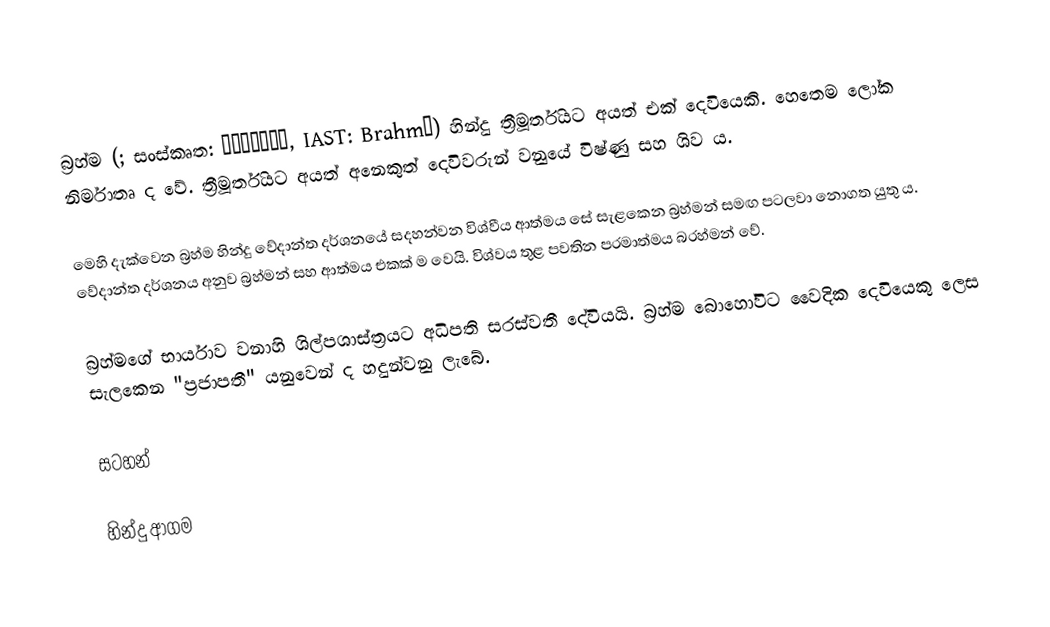
බ්‍රහ්ම  (; සංස්කෘත: ब्रह्मा, IAST: Brahmā) හින්දු ත්‍රීමූර්තියට අයත් එක් දෙවියෙකි. හෙතෙම ලෝක නිර්මාතෘ ද වේ. ත්‍රීමූර්තියට අයත් අනෙකුත් දෙවිවරුන් වනුයේ විෂ්ණු සහ ශිව ය.

මෙහි දැක්වෙන බ්‍රහ්ම හින්දු වේදාන්ත දර්ශනයේ සදහන්වන විශ්වීය ආත්මය සේ සැළකෙන බ්‍රහ්මන් සමඟ පටලවා නොගත යුතු ය. වේදාන්ත දර්ශනය අනුව බ්‍රහ්මන් සහ ආත්මය එකක් ම වෙයි. විශ්වය තුළ පවතින පරමාත්මය  බ‍්‍රහ්මන් වේ.

බ්‍රහ්මගේ භාර්යාව වනාහි ශිල්පශාස්ත‍්‍රයට අධිපති සරස්වතී දේවියයි. බ‍්‍රහ්ම බොහෝවිට වෛදික දෙවියෙකු ලෙස සැලකෙන "ප්‍රජාපතී" යනුවෙන් ද හදුන්වනු ලැබේ.

සටහන්

හින්දු ආගම